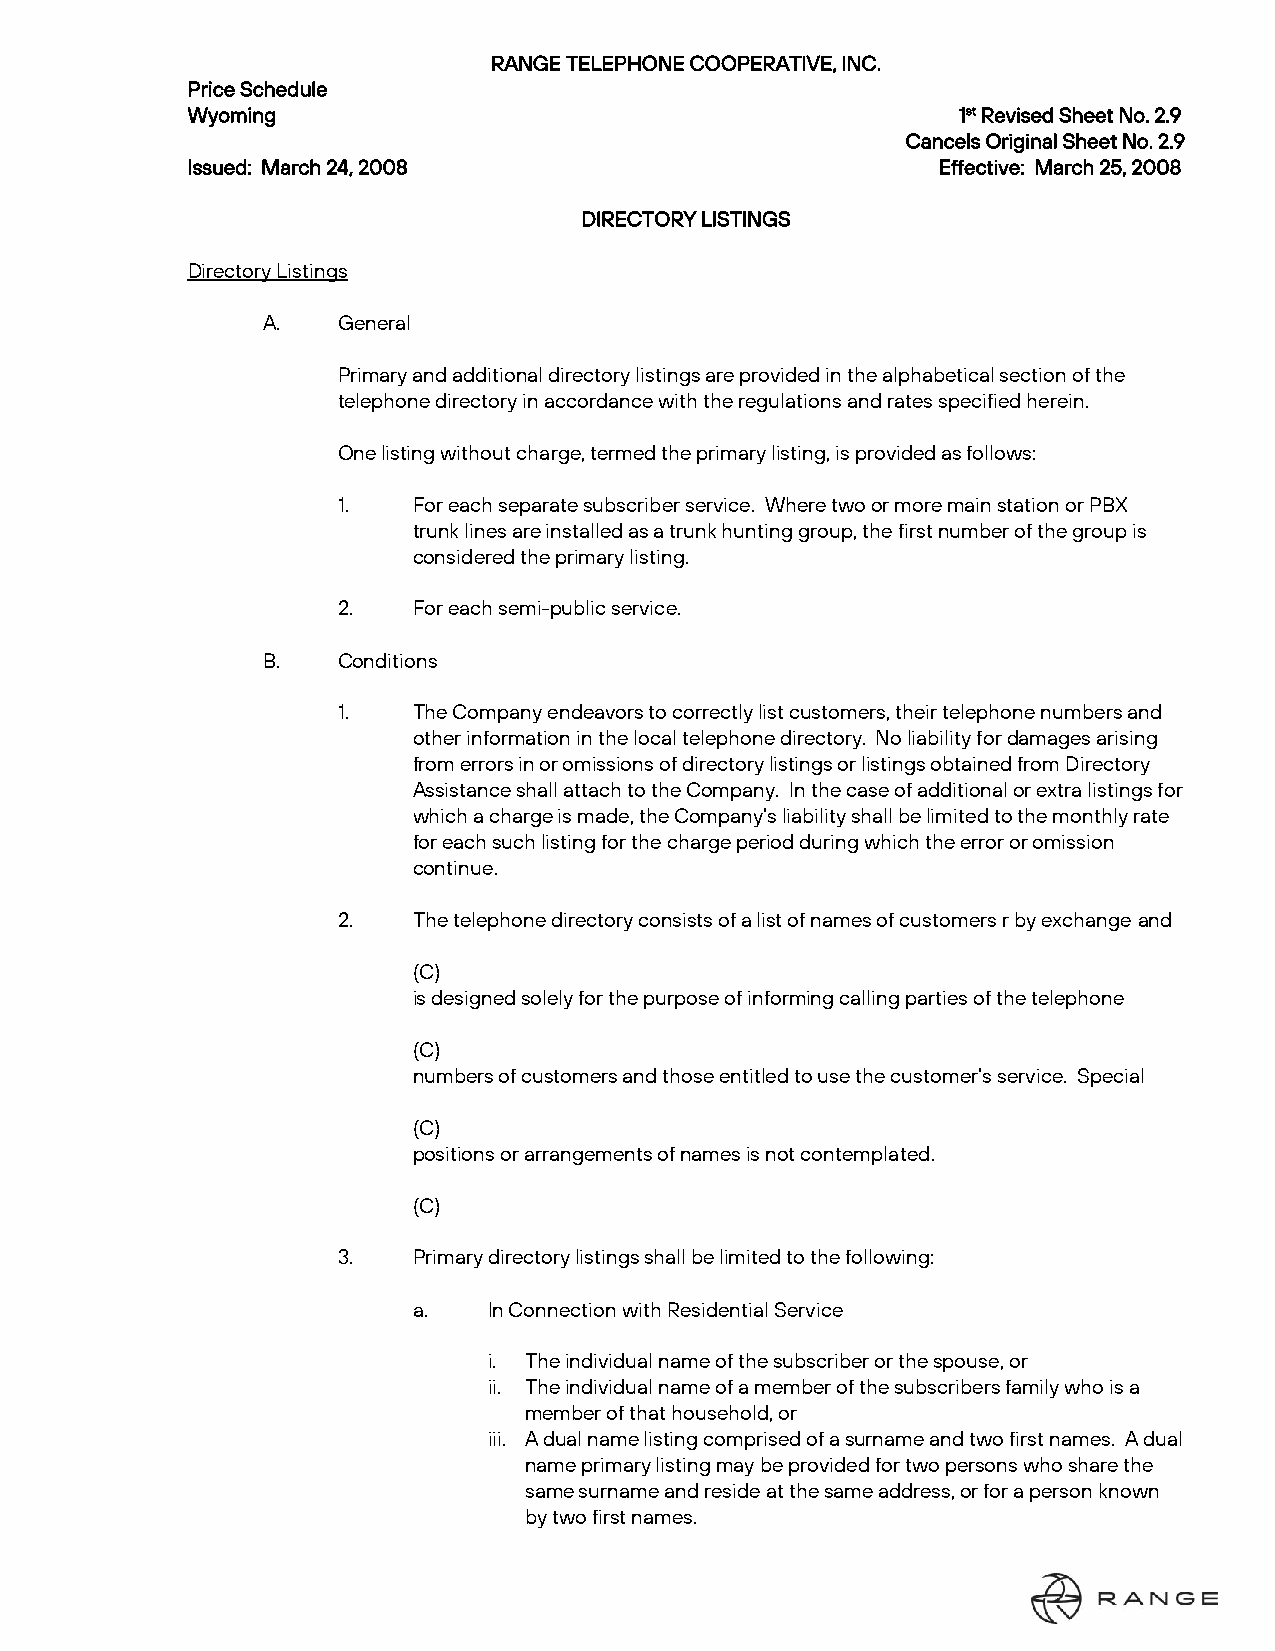
RANGE TELEPHONE COOPERATIVE, INC.
 Price Schedule
 Wyoming                                            1st Revised Sheet No. 2.9
 Cancels Original Sheet No. 2.9
 Issued: March 24, 2008                            Effective: March 25, 2008
 DIRECTORY LISTINGS
 Directory Listings
 A.   General
 Primary and additional directory listings are provided in the alphabetical section of the
 telephone directory in accordance with the regulations and rates specified herein.
 One listing without charge, termed the primary listing, is provided as follows:
 1.   For each separate subscriber service. Where two or more main station or PBX
 trunk lines are installed as a trunk hunting group, the first number of the group is
 considered the primary listing.
 2.   For each semi-public service.
 B.   Conditions
 1.   The Company endeavors to correctly list customers, their telephone numbers and
 other information in the local telephone directory. No liability for damages arising
 from errors in or omissions of directory listings or listings obtained from Directory
 Assistance shall attach to the Company. In the case of additional or extra listings for
 which a charge is made, the Company’s liability shall be limited to the monthly rate
 for each such listing for the charge period during which the error or omission
 continue.
 2.   The telephone directory consists of a list of names of customers r by exchange and
 (C)
 is designed solely for the purpose of informing calling parties of the telephone
 (C)
 numbers of customers and those entitled to use the customer’s service. Special
 (C)
 positions or arrangements of names is not contemplated.
 (C)
 3.   Primary directory listings shall be limited to the following:
 a.   In Connection with Residential Service
 i. The individual name of the subscriber or the spouse, or
 ii. The individual name of a member of the subscribers family who is a
 member of that household, or
 iii. A dual name listing comprised of a surname and two first names. A dual
 name primary listing may be provided for two persons who share the
 same surname and reside at the same address, or for a person known
 by two first names.